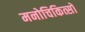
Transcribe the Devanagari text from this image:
मनोचिकित्सों